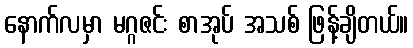
နောက်လမှာ မဂ္ဂဇင်း စာအုပ် အသစ် ဖြန့်ချိတယ်။